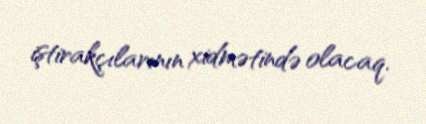
iştirakçılarının xidmətində olacaq.